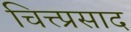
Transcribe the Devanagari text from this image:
चित्त्प्रसाद